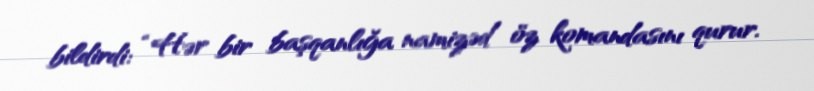
bildirdi: “Hər bir başqanlığa namizəd öz komandasını qurur.